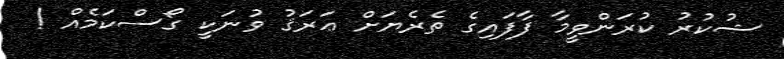
ޝުކުރު ކުރަންވީމާ ފާފައިގެ ތެރެޔަށް ޢަރަޤު ވުނަކީ ގޯސްކަމެއް !